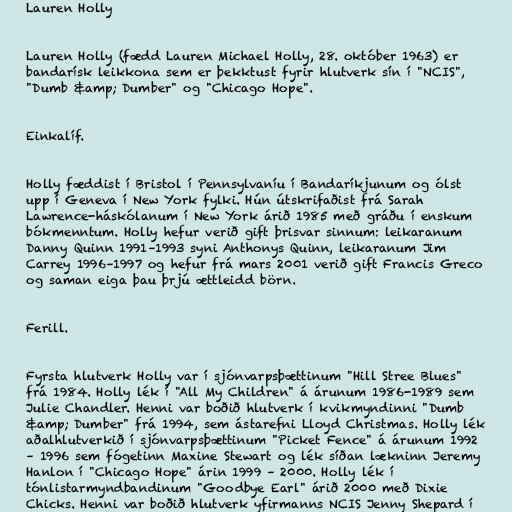
Lauren Holly

Lauren Holly (fædd Lauren Michael Holly, 28. október 1963) er
bandarísk leikkona sem er þekktust fyrir hlutverk sín í "NCIS",
"Dumb &amp; Dumber" og "Chicago Hope".

Einkalíf.

Holly fæddist í Bristol í Pennsylvaníu í Bandaríkjunum og ólst
upp í Geneva í New York fylki. Hún útskrifaðist frá Sarah
Lawrence-háskólanum í New York árið 1985 með gráðu í enskum
bókmenntum. Holly hefur verið gift þrisvar sinnum: leikaranum
Danny Quinn 1991–1993 syni Anthonys Quinn, leikaranum Jim
Carrey 1996–1997 og hefur frá mars 2001 verið gift Francis Greco
og saman eiga þau þrjú ættleidd börn.

Ferill.

Fyrsta hlutverk Holly var í sjónvarpsþættinum "Hill Stree Blues"
frá 1984. Holly lék í "All My Children" á árunum 1986-1989 sem
Julie Chandler. Henni var boðið hlutverk í kvikmyndinni "Dumb
&amp; Dumber" frá 1994, sem ástarefni Lloyd Christmas. Holly lék
aðalhlutverkið í sjónvarpsþættinum "Picket Fence" á árunum 1992
– 1996 sem fógetinn Maxine Stewart og lék síðan lækninn Jeremy
Hanlon í "Chicago Hope" árin 1999 – 2000. Holly lék í
tónlistarmyndbandinum "Goodbye Earl" árið 2000 með Dixie
Chicks. Henni var boðið hlutverk yfirmanns NCIS Jenny Shepard í